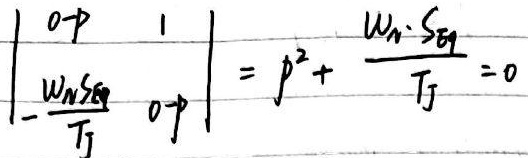
\(0=\frac{IL}{B_{3} \cdot w_{m}}+ \mathscr{E}=\begin{vmatrix} 0&\frac{IL}{B_{3}w_{m}}\\1&0\end{vmatrix}\)